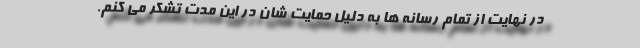
در نهایت از تمام رسانه ها به دلیل حمایت شان در این مدت تشکر می کنم.